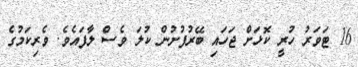
16 ޓަވަރު ހުރީ ކޮޅަށް ޖަހައި ބޭރުފުށުން ކުލަ ވެސް ލާފައެވެ. ވެރިކަމުގެ